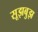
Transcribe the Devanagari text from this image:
सूझबुझ